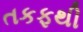
તકફથી